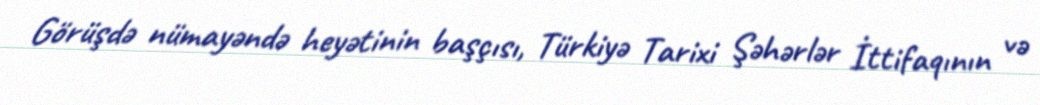
Görüşdə nümayəndə heyətinin başçısı, Türkiyə Tarixi Şəhərlər İttifaqının və